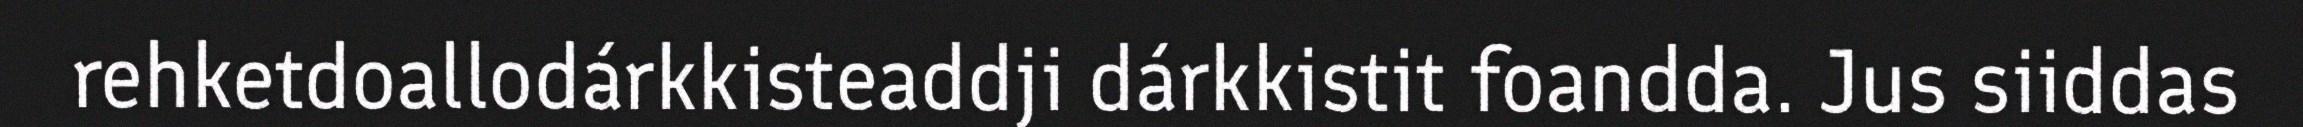
rehketdoallodárkkisteaddji dárkkistit foandda. Jus siiddas